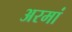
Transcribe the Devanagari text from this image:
अरमां